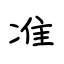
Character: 准